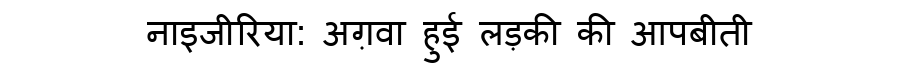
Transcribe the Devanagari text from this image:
नाइजीरिया: अग़वा हुई लड़की की आपबीती